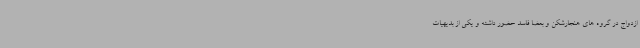
ازدواج در گروه های هنجارشکن و بعضاً فاسد حضور داشته و یکی از بدیهیات